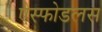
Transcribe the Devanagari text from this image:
ऐस्फोडलस